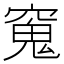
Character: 𫁖